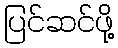
ပြင်ဆင်ဖို့